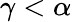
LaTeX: \gamma<\alpha